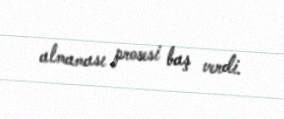
almaması prosesi baş verdi.